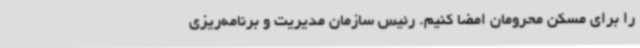
را برای مسکن محرومان امضا کنیم. رئیس سازمان مدیریت و برنامه‌ریزی